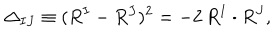
LaTeX: \Delta _ { I J } \equiv ( R ^ { I } - R ^ { J } ) ^ { 2 } = - 2 \, R ^ { I } \cdot R ^ { J } ,